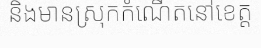
និងមានស្រុកកំណើតនៅខេត្ត